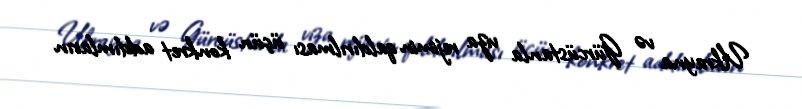
Ukrayna və Gürcüstanla viza rejimin qaldırılması üçün konkret addımların